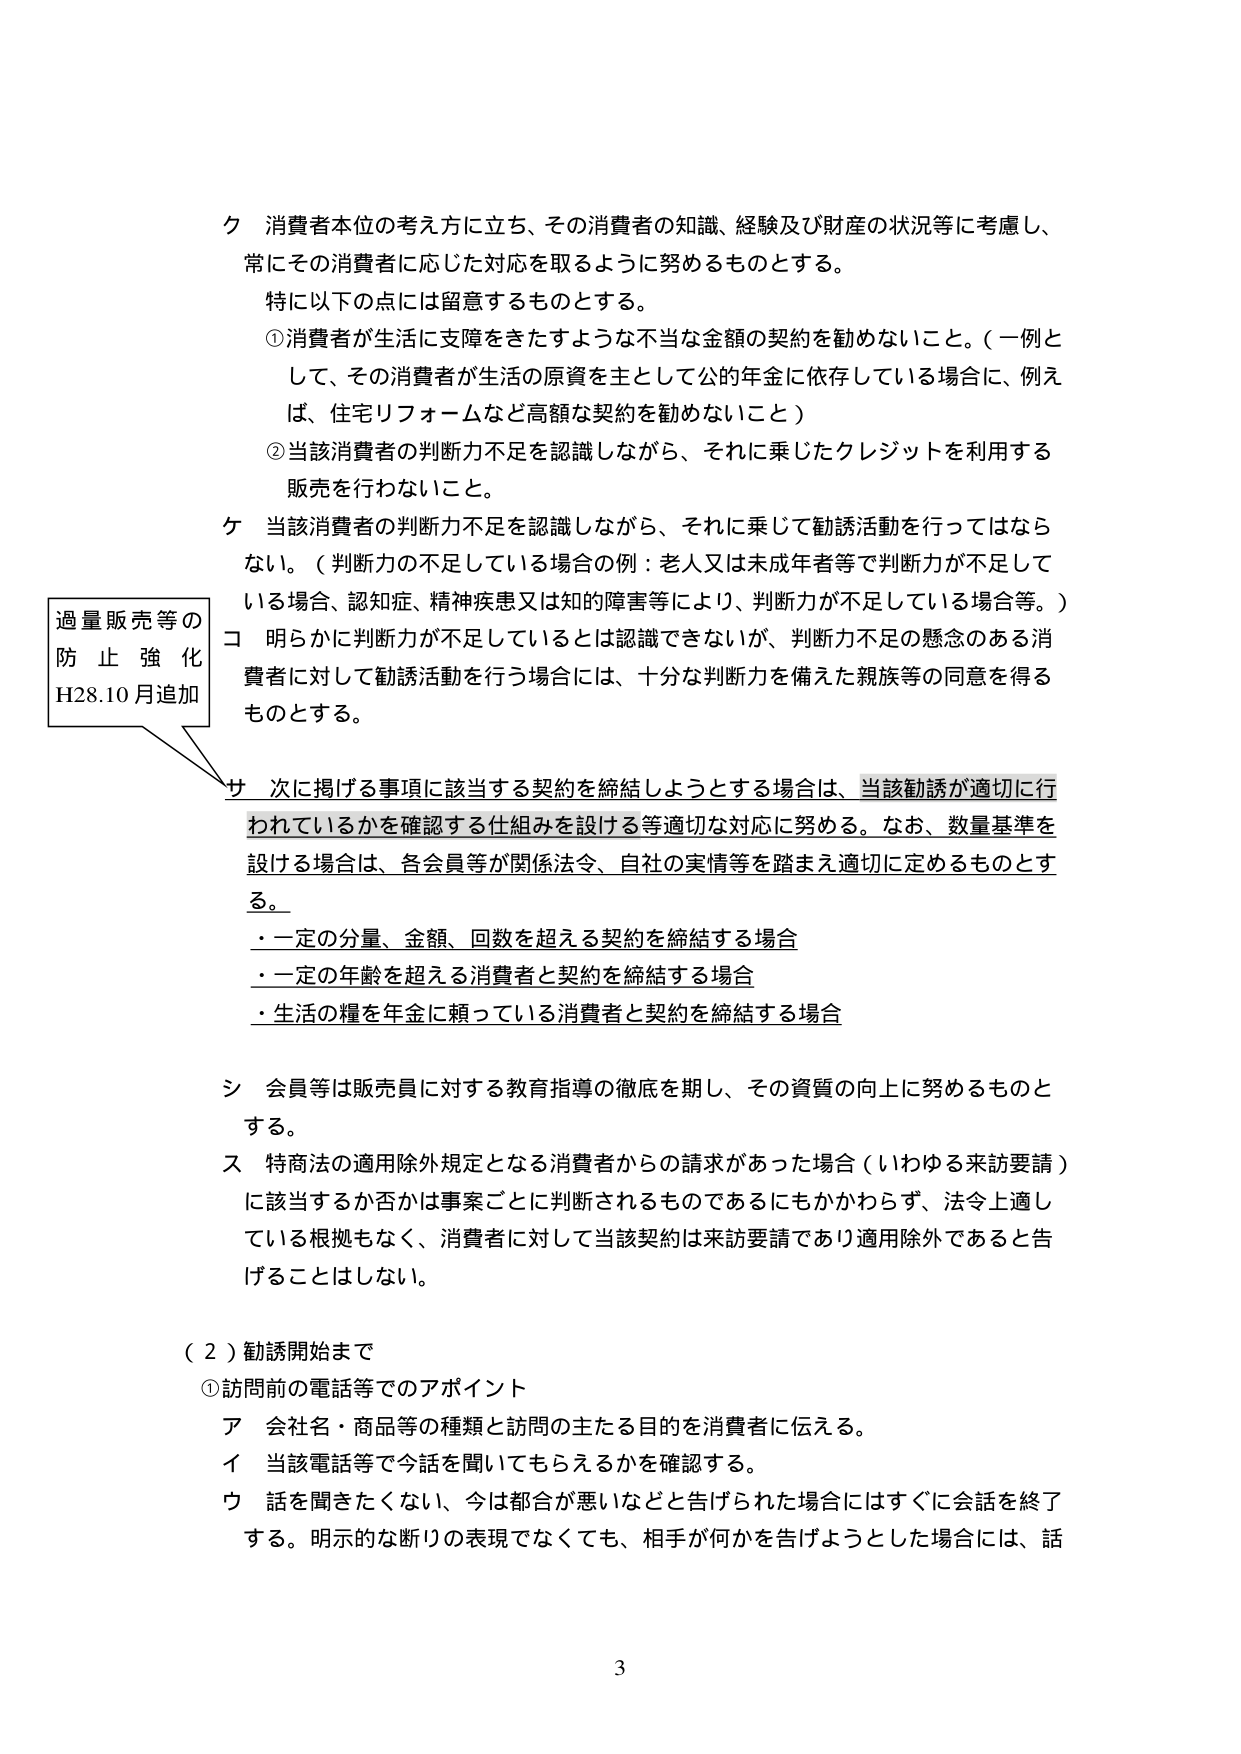
ク 消費者本位の考え方に立ち、その消費者の知識、経験及び財産の状況等に考慮し、
常にその消費者に応じた対応を取るように努めるものとする。
特に以下の点には留意するものとする。
①消費者が生活に支障をきたすような不当な金額の契約を勧めないこと。（一例として、その消費者が生活の原資を主として公的年金に依存している場合に、例えば、住宅リフォームなど高額な契約を勧めないこと）
②当該消費者の判断力不足を認識しながら、それに乗じたクレジットを利用する販売を行わないこと。
ケ 当該消費者の判断力不足を認識しながら、それに乗じて勧誘活動を行ってはならない。（判断力の不足している場合の例：老人又は未成年者等で判断力が不足している場合、認知症、精神疾患又は知的障害等により、判断力が不足している場合等。）
コ 明らかに判断力が不足しているとは認識できないが、判断力不足の懸念のある消費者に対して勧誘活動を行う場合には、十分な判断力を備えた親族等の同意を得るものとする。
サ 次に掲げる事項に該当する契約を締結しようとする場合は、当該勧誘が適切に行われているかを確認する仕組みを設ける等適切な対応に努める。なお、数量基準を設ける場合は、各会員等が関係法令、自社の実情等を踏まえ適切に定めるものとする。
・一定の分量、金額、回数を超える契約を締結する場合
・一定の年齢を超える消費者と契約を締結する場合
・生活の糧を年金に頼っている消費者と契約を締結する場合
シ 会員等は販売員に対する教育指導の徹底を期し、その資質の向上に努めるものとする。
ス 特商法の適用除外規定となる消費者からの請求があった場合（いわゆる来訪要請）に該当するか否かは事案ごとに判断されるものであるにもかかわらず、法令上適している根拠もなく、消費者に対して当該契約は来訪要請であり適用除外であると告げることはしない。
（２）勧誘開始まで
①訪問前の電話等でのアポイント
ア 会社名・商品等の種類と訪問の主たる目的を消費者に伝える。
イ 当該電話等で今話を聞いてもらえるかを確認する。
ウ 話を聞きたくない、今は都合が悪いなどと告げられた場合にはすぐに会話を終了する。明示的な断りの表現でなくても、相手が何かを告げようとした場合には、話
過量販売等の
防止強化
H28.10月追加
3